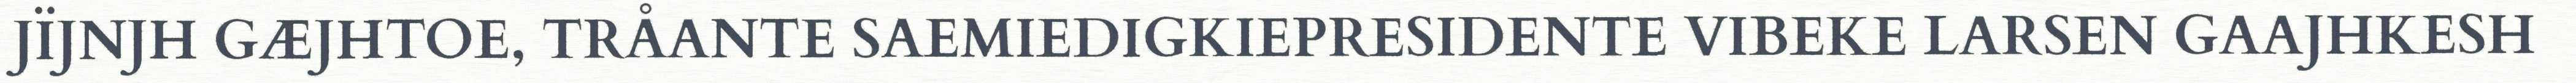
JÏJNJH GÆJHTOE, TRÅANTE SAEMIEDIGKIEPRESIDENTE VIBEKE LARSEN GAAJHKESH